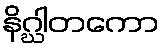
နိဂ္ဃါတကော